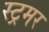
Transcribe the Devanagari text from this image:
स्ट्रमर